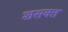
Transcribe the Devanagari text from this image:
शसक्त